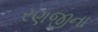
રણજીના